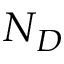
N _ { D }